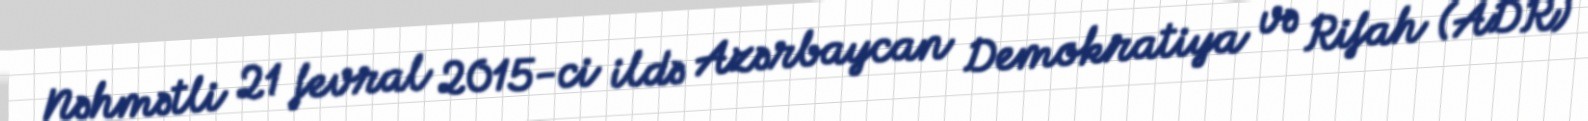
Nəhmətli 21 fevral 2015-ci ildə Azərbaycan Demokratiya və Rifah (ADR)